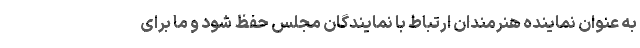
به عنوان نماینده هنرمندان ارتباط با نمایندگان مجلس حفظ شود و ما برای